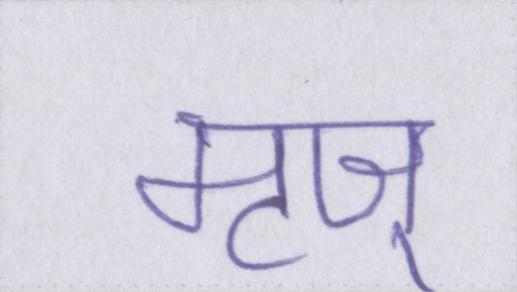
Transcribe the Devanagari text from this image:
मृज्